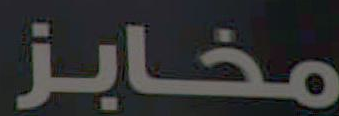
مخابز